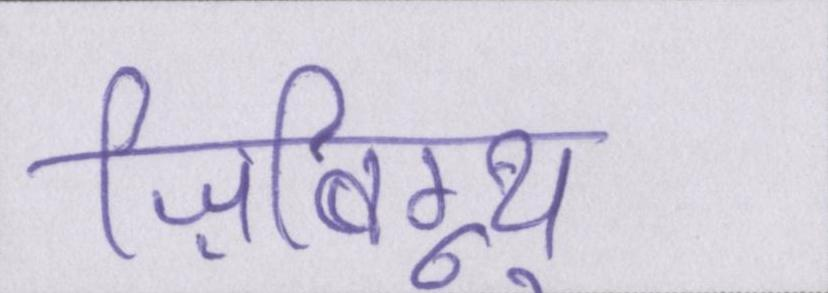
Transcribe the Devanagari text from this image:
ज़िबिग्न्यू